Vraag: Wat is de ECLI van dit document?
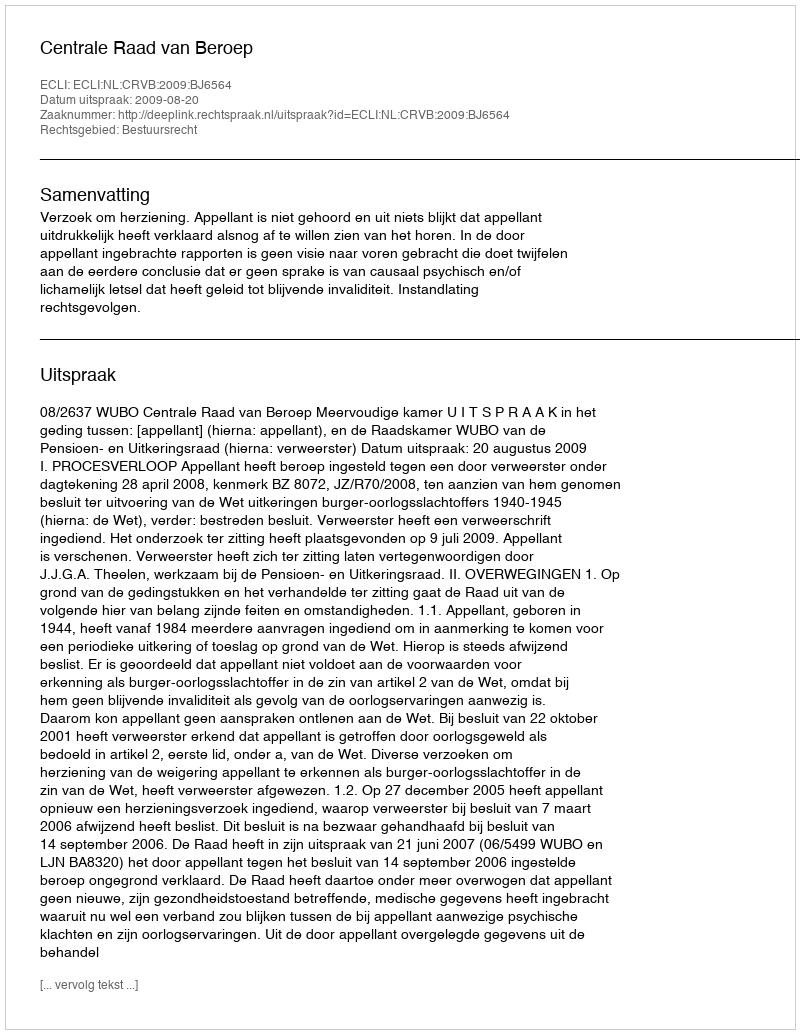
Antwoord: ECLI:NL:CRVB:2009:BJ6564